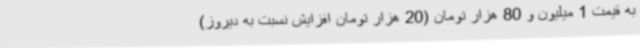
به قیمت 1 میلیون و 80 هزار تومان (20 هزار تومان افزایش نسبت به دیروز)